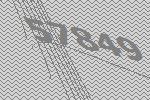
57849